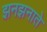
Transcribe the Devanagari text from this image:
झनझनाते